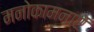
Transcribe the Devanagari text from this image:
मनोकामनाऐं